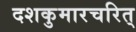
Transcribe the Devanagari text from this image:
दशकुमारचरित्‌